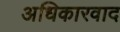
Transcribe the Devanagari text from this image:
अधिकारवाद